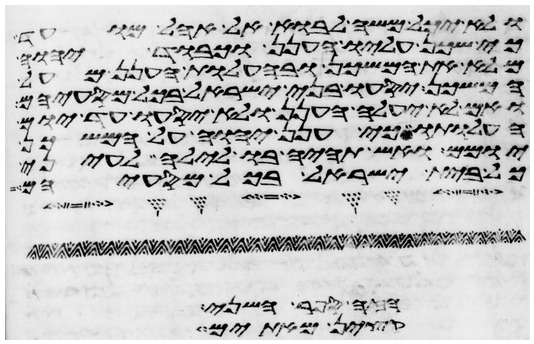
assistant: ולא יכל משה לבוא אל אהל מועד
כי שכן עליו הענן וכבוד יהוה
מלא את המשכן ובהעלות הענן מעל
המשכן יסעו בני ישראל בכל מסעיהם
ואם לא יעלה הענן לא יסעו עד יום
העלותו כי ענן יהוה על המשכן
יומם ואש תהיה בו לילה לעיני
כל בית ישראל בכל מסעיהם
הנהר השני
קין את